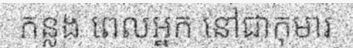
កន្លង ពេលអ្នក នៅជាកុមារ